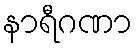
နာရီဂဏာ